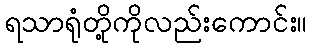
ရသာရုံတို့ကိုလည်းကောင်း။